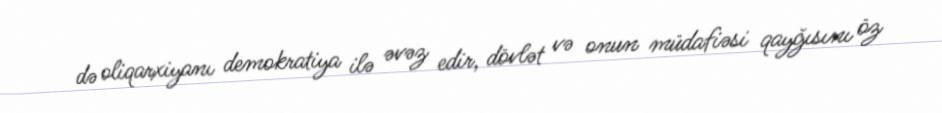
də oliqarxiyanı demokratiya ilə əvəz edir, dövlət və onun müdafiəsi qayğısını öz